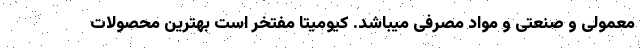
معمولی و صنعتی و مواد مصرفی میباشد. کیومیتا مفتخر است بهترین محصولات